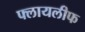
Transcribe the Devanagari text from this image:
फ्लायलीफ